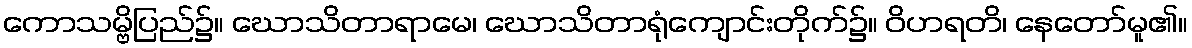
ကောသမ္ဗိပြည်၌။ ဃောသိတာရာမေ၊ ဃောသိတာရုံကျောင်းတိုက်၌။ ဝိဟရတိ၊ နေတော်မူ၏။